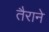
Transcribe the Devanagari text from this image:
तैराने